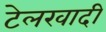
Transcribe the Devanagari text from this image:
टेलरवादी